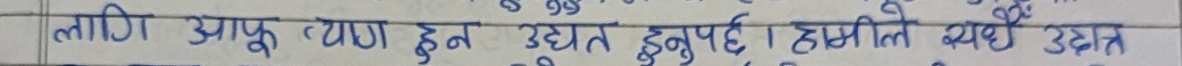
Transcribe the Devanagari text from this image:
लागि आफू त्याग हुन उद्यत हुनुपर्छ। हामीले व्यर्थ उद्यत